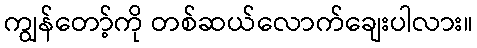
ကျွန်တော့်ကို တစ်ဆယ်လောက်ချေးပါလား။